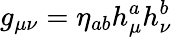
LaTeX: g_{\mu\nu}=\eta_{ab}h_{\mu}^{a}h_{\nu}^{b}